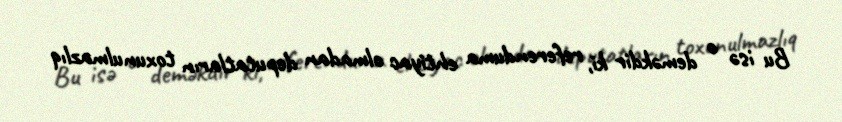
Bu isə o deməkdir ki, referenduma ehtiyac olmadan deputatların toxunulmazlıq